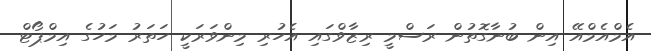
އެމްއެމްއޭ އިން ބުނާގޮތުން ރަސްމީ ރިޒާވްގައި އެހުރި މިންވަރަކީ ހަތަރު މަހުގެ އިމްޕޯޓް